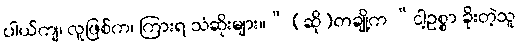
ပါယ်ကျ၊ လူဖြစ်က၊ ကြားရ သံဆိုးများ။” (ဆို)တချို့က “ငါ့ဥစ္စာ ခိုးတဲ့သူ